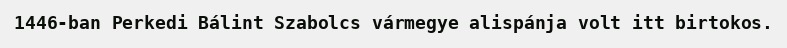
1446-ban Perkedi Bálint Szabolcs vármegye alispánja volt itt birtokos.